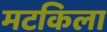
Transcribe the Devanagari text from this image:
मटकिला